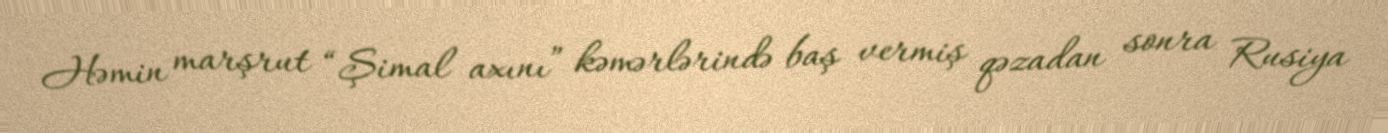
Həmin marşrut “Şimal axını” kəmərlərində baş vermiş qəzadan sonra Rusiya